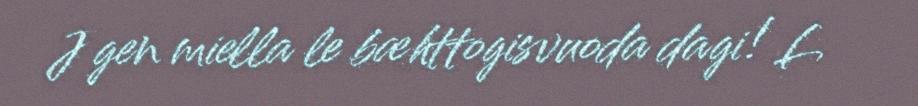
J gen miella le bæhttogisvuoda dagi! L